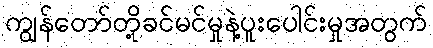
ကျွန်တော်တို့ခင်မင်မှုနဲ့ပူးပေါင်းမှုအတွက်